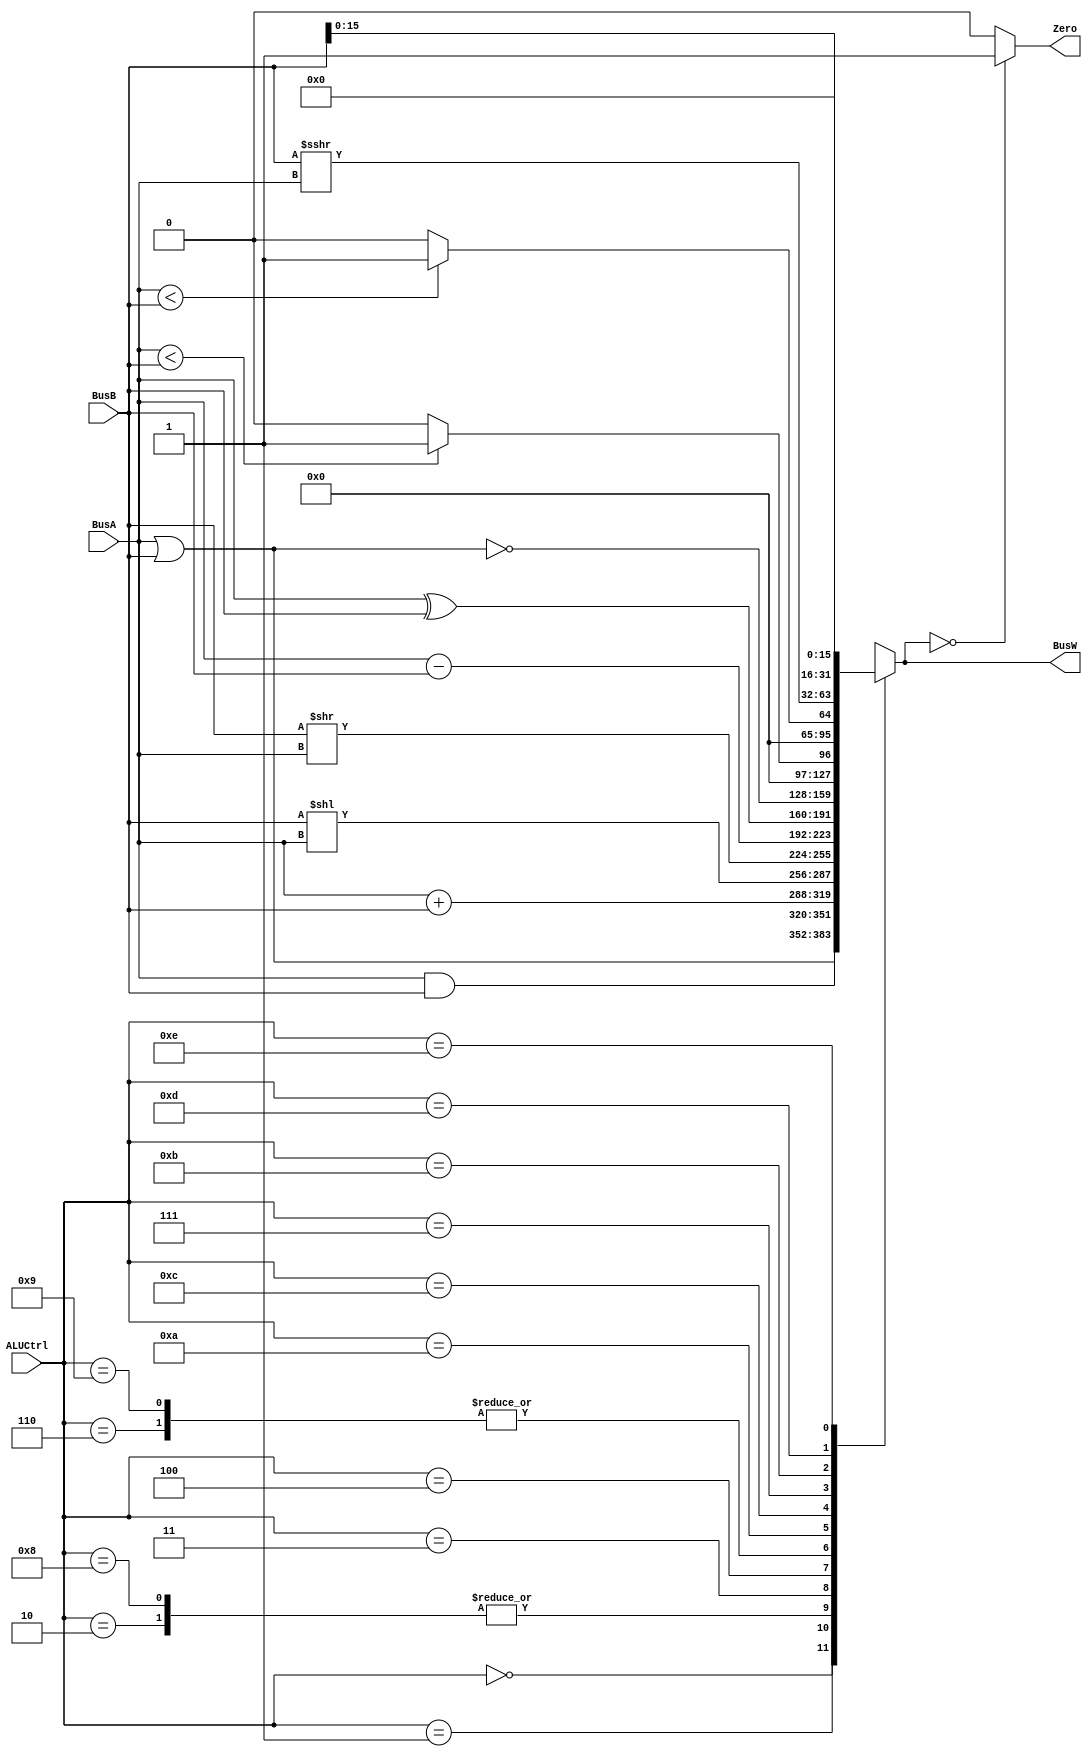
`timescale 1ns / 1ps

`define AND 4'b0000
`define OR 4'b0001
`define ADD 4'b0010
`define SLL 4'b0011
`define SRL 4'b0100
`define SUB 4'b0110
`define SLT 4'b0111
`define ADDU 4'b1000
`define SUBU 4'b1001
`define XOR 4'b1010
`define SLTU 4'b1011
`define NOR 4'b1100
`define SRA 4'b1101
`define LUI 4'b1110

module ALU(BusW, Zero, BusA, BusB, ALUCtrl);

input wire [31:0] BusA, BusB;
output reg [31:0] BusW;
input wire [3:0] ALUCtrl ;
output wire Zero ;

wire less;
wire [63:0] Bus64;
assign Zero = ( BusW == 32'b0 ? 32'b1 : 32'b0);
assign less = ({1'b0,BusA} < {1'b0,BusB}  ? 1'b1 : 1'b0);
assign Bus64 = 0;
always@(*)begin	
	
	case (ALUCtrl)
	`AND:   BusW <= BusA & BusB;
	`OR:    BusW <= BusA | BusB;
	`ADD:   BusW <= BusA + BusB;
	`ADDU:  BusW <= BusA + BusB;
	`SLL:   BusW <= BusB << BusA;
	`SRL:   BusW <= BusB >> BusA;
	`SUB:   BusW <= BusA - BusB;
	`SUBU:  BusW <= BusA - BusB;
	`XOR:   BusW <= BusA ^ BusB;
	`NOR:   BusW <= ~(BusA|BusB);
	`SLT:   BusW <= $signed(BusA) < $signed(BusB) ? 32'b1 : 32'b0;
	`SLTU:  BusW <= less;
	`SRA:   BusW <= $signed(BusB) >>> BusA;
	`LUI:   BusW <= BusB << 16;
	default:BusW <= 32'bx;
	endcase
end
endmodule